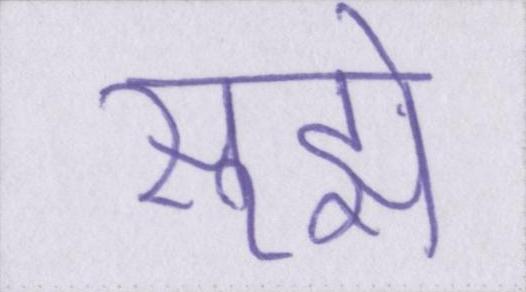
सूझे